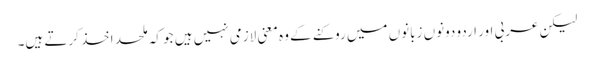
لیکن عربی اور اردو دونوں زبانوں میں روکنے کے وہ معنی لازمی نہیں ہیں جو کہ ملحد اخذ کرتے ہیں۔